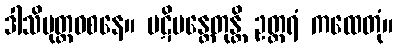
ဒါသိပုတ္တဝစနေ။ ပဋိမန္တေတုန္တိ ဥတ္တရံ ကထေတုံ။